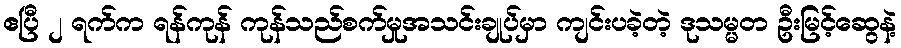
ဧပြီ ၂ ရက်က ရန်ကုန် ကုန်သည်စက်မှုအသင်းချုပ်မှာ ကျင်းပခဲ့တဲ့ ဒုသမ္မတ ဦးမြင့်ဆွေနဲ့